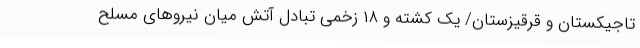
تاجیکستان و قرقیزستان/ یک کشته و ۱۸ زخمی تبادل آتش میان نیروهای مسلح